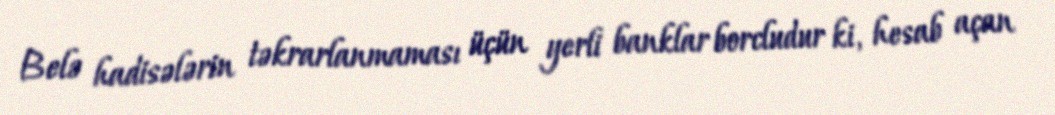
Belə hadisələrin təkrarlanmaması üçün yerli banklar borcludur ki, hesab açan